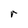
Character: r